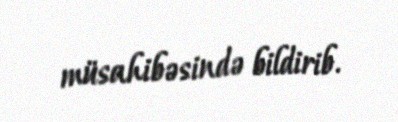
müsahibəsində bildirib.